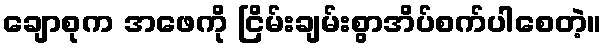
ချောစုက အဖေကို ငြိမ်းချမ်းစွာအိပ်စက်ပါစေတဲ့။